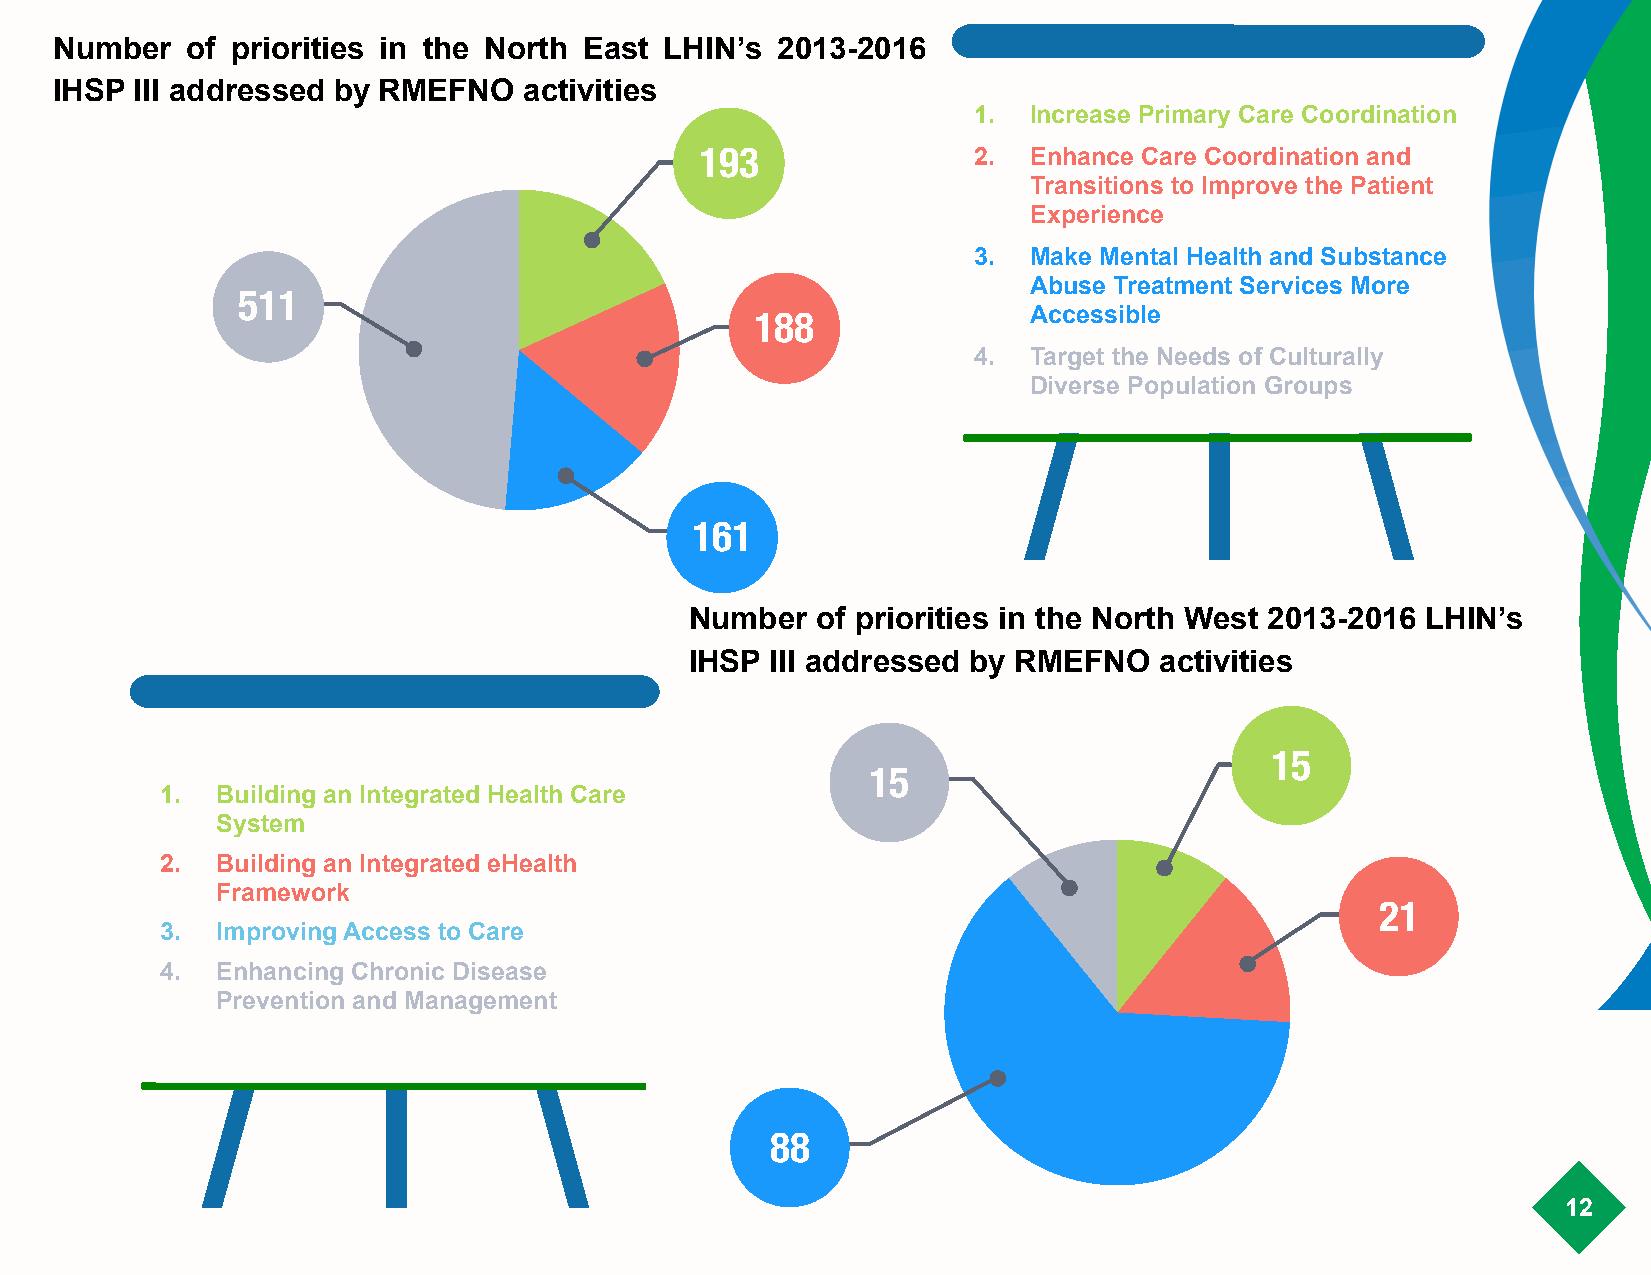
Number  of priorities in the North East LHIN’s 2013-2016
 IHSP III addressed by RMEFNO   activities
 1.  Increase Primary Care Coordination
 !
 193               2.  Enhance Care Coordination and
 !
 Transitions to Improve the Patient
 Experience
 !
 3.  Make Mental Health and Substance
 !
 Abuse Treatment Services More
 511
 !                                     188               Accessible
 4.  Target the Needs of Culturally
 !
 Diverse Population Groups
 !
 !
 161
 !
 Number  of priorities in the North West 2013-2016 LHIN’s
 !                                 IHSP III addressed by RMEFNO   activities
 !
 !                                                                       15
 15
 1. Building an Integrated Health Care
 !
 System
 !
 2. Building an Integrated eHealth
 ! Framework
 21
 3. Improving Access to Care
 !
 4. Enhancing Chronic Disease
 !
 Prevention and Management
 88
 12